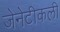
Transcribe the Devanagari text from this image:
जेनेटीकली